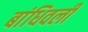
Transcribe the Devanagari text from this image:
बांधिवली